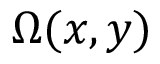
\Omega ( x , y )